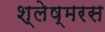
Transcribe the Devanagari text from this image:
श्लेष्मरस